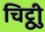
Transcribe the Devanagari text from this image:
चिट्ठीु